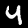
Label: 4